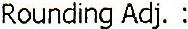
ROUNDING ADJ. :